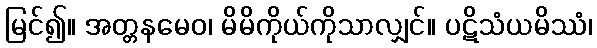
မြင်၍။ အတ္တနမေဝ၊ မိမိကိုယ်ကိုသာလျှင်။ ပဋိသံယမိဿံ၊